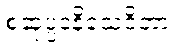
စဆုပ္ပဒနိသေဝိတာ။